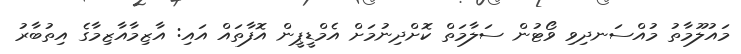
މައުލޫމާތު މުއްސަނދިވި ވޯޓުން ސަލާމަތް ކޮށްދިނުމަށް އެމްޑީޕީން އޮފާތައް އައި: އާޒިމާއާޒިމާގެ އިތުބާރު